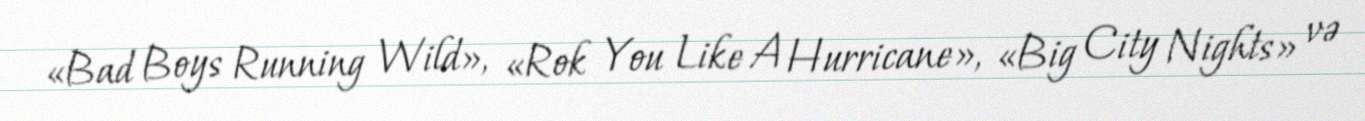
«Bad Boys Running Wild», «Rok You Like A Hurricane», «Big City Nights» və